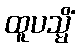
ထူပသ္မိံ